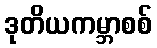
ဒုတိယကမ္ဘာစစ်